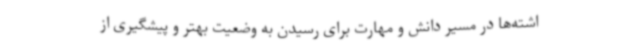
اشته‌ها در مسیر دانش و مهارت برای رسیدن به وضعیت بهتر و پیشگیری از